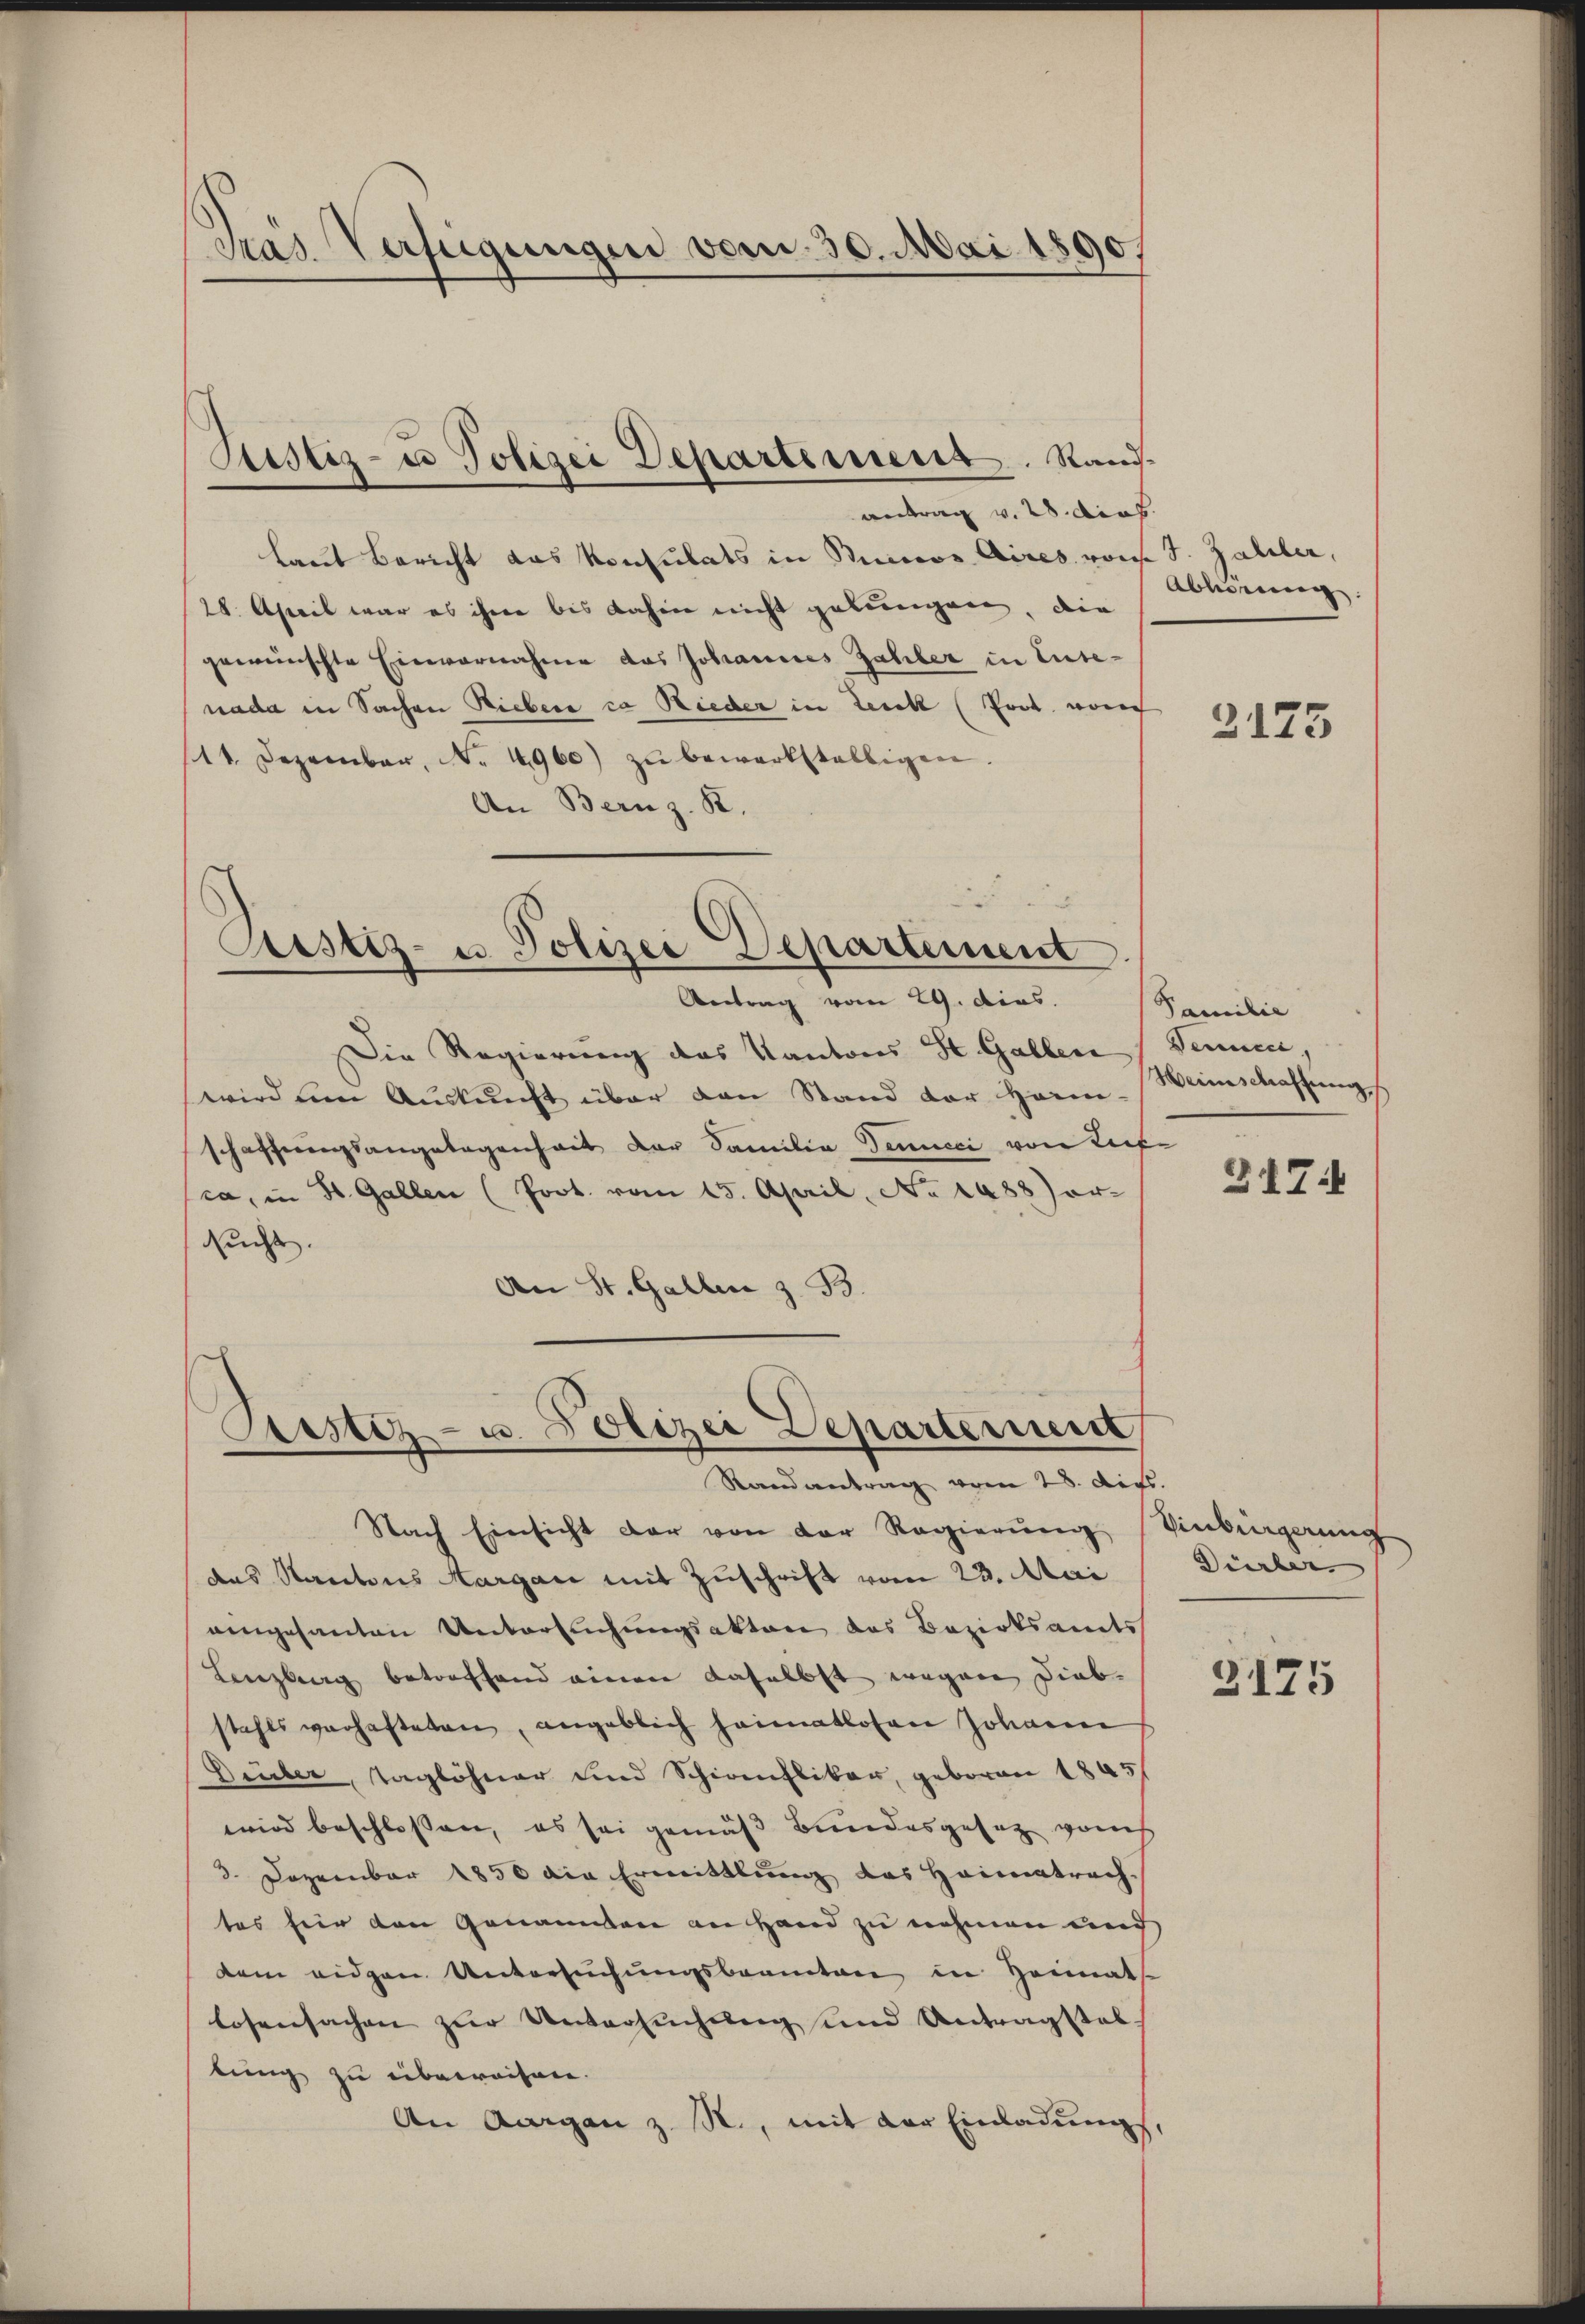
Pras Verfügungen vom 30. Mai 1890.

antrag v. 28. dies
laut Bericht das Konsulats in Binos Aires von J. Zahler,
28. April war es ihme bis dahin nicht gebungen, die
gewünschte Einvernahme das Johannes Zahler in Euse-
nada in Sachen Lieber ca Rieder in Lerck (Post vor
11. Dezember, N. 4960) zŭ bewerkstelligen.
An Bern z. B.

Justiz- u Polizei Departement. Stand-

Astiz- u. Polizei Departement

Astiz- u. Polizei Departerium
Randantrag vom 28. dies

Antrag vom 29. dies
Die Regierung des Kantons St. Gallen
wird um Aŭskŭnft über den Stand der Harm-Weinschaffŭng
schaffungsangelegenheit der Familie Jennici von Leife
ca, in St. Gallen (Poot. vom 15. April, No 1488) or-
sucht.
An St. Gallen z. B.

Nach Einsicht der von der Regierŭng Vindingerung
das Kantons Margau mit Zuschrift vom 23. Mai
aingesanten Untersuchungsakten das Bezirksandts
Lenzberg betroffend einen daselbst wegen Diebstahls verhafteten, angeblich heimatlosen Johanen
Deuber, Taglöhner und Schirenfliker, geboren 1805/
wird beschlossen, es sei gemäß Bundesgesetz von
3. Dezember 1850 die Ermittlung des Heimatrachtes für den Genannten an Hand zu nehmen und
dem eidgen Untersuchungsbeanten in Heimat
losensachen zur Untersŭchŭng und Antragstel
lung zu überweisen.
An Aargau z. B., mit der Einladung,

Abbedienung. |

2175

Familie
Derence,

317

Dürber

3175